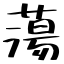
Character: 蕩